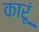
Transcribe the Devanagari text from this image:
कारूं